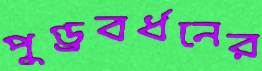
পুণ্ড্রবর্ধনের